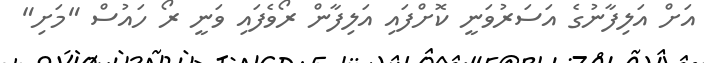
އަށް އަލިފާނުގެ އަސަރުވަނީ ކޮށްފައި އަލިފާން ރޯވެފައި ވަނީ ރޯ ހައުސް "މަށި"